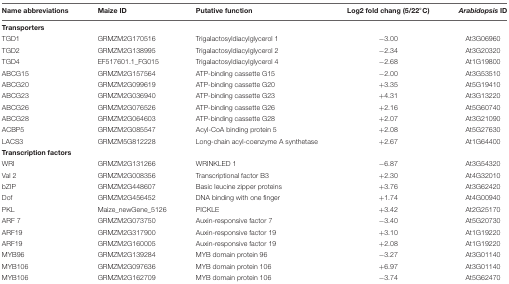
<table><thead><tr><td><b>Name abbreviations</b></td><td><b>Maize ID</b></td><td><b>Putative function</b></td><td><b>Log2 fold chang (5/22°C)</b></td><td><b><i>Arabidopsis</i> ID</b></td></tr></thead><tbody><tr><td colspan="5"><b>Transporters</b></td></tr><tr><td>TGD1</td><td>GRMZM2G170516</td><td>Trigalactosyldiacylglycerol 1</td><td>-3.00</td><td>At3G06960</td></tr><tr><td>TGD2</td><td>GRMZM2G138995</td><td>Trigalactosyldiacylglycerol 2</td><td>-2.34</td><td>At3G20320</td></tr><tr><td>TGD4</td><td>EF517601.1_FG015</td><td>Trigalactosyldiacylglycerol 4</td><td>-2.68</td><td>At1G19800</td></tr><tr><td>ABCG15</td><td>GRMZM2G157564</td><td>ATP-binding cassette G15</td><td>-2.00</td><td>At3G53510</td></tr><tr><td>ABCG20</td><td>GRMZM2G099619</td><td>ATP-binding cassette G20</td><td>+3.35</td><td>At5G19410</td></tr><tr><td>ABCG23</td><td>GRMZM2G036940</td><td>ATP-binding cassette G23</td><td>+4.31</td><td>At3G13220</td></tr><tr><td>ABCG26</td><td>GRMZM2G076526</td><td>ATP-binding cassette G26</td><td>+2.16</td><td>At5G60740</td></tr><tr><td>ABCG28</td><td>GRMZM2G064603</td><td>ATP-binding cassette G28</td><td>+2.07</td><td>At3G21090</td></tr><tr><td>ACBP5</td><td>GRMZM2G085547</td><td>Acyl-CoA binding protein 5</td><td>+2.08</td><td>At5G27630</td></tr><tr><td>LACS3</td><td>GRMZM5G812228</td><td>Long-chain acyl-coenzyme A synthetase</td><td>+2.67</td><td>At1G64400</td></tr><tr><td colspan="5"><b>Transcription factors</b></td></tr><tr><td>WRI</td><td>GRMZM2G131266</td><td>WRINKLED 1</td><td>-6.87</td><td>At3G54320</td></tr><tr><td>Val 2</td><td>GRMZM2G008356</td><td>Transcriptional factor B3</td><td>+2.30</td><td>At4G32010</td></tr><tr><td>bZIP</td><td>GRMZM2G448607</td><td>Basic leucine zipper proteins</td><td>+3.76</td><td>At3G62420</td></tr><tr><td>Dof</td><td>GRMZM2G456452</td><td>DNA binding with one finger</td><td>+1.74</td><td>At4G00940</td></tr><tr><td>PKL</td><td>Maize_newGene_5126</td><td>PICKLE</td><td>+3.42</td><td>At2G25170</td></tr><tr><td>ARF 7</td><td>GRMZM2G073750</td><td>Auxin-responsive factor 7</td><td>-3.40</td><td>At5G20730</td></tr><tr><td>ARF19</td><td>GRMZM2G317900</td><td>Auxin-responsive factor 19</td><td>+3.10</td><td>At1G19220</td></tr><tr><td>ARF19</td><td>GRMZM2G160005</td><td>Auxin-responsive factor 19</td><td>+2.08</td><td>At1G19220</td></tr><tr><td>MYB96</td><td>GRMZM2G139284</td><td>MYB domain protein 96</td><td>-3.27</td><td>At3G01140</td></tr><tr><td>MYB106</td><td>GRMZM2G097636</td><td>MYB domain protein 106</td><td>+6.97</td><td>At3G01140</td></tr><tr><td>MYB106</td><td>GRMZM2G162709</td><td>MYB domain protein 106</td><td>-3.74</td><td>At5G62470</td></tr></tbody></table>